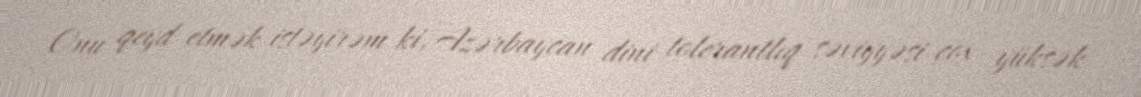
Onu qeyd etmək istəyirəm ki, Azərbaycan dini tolerantlıq səviyyəsi çox yüksək